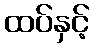
ထပ်နှင့်